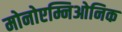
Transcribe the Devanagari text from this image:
मोनोएम्निओनिक